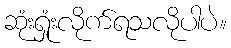
ဆုံးရှုံးလိုက်ရသလိုပါပဲ။